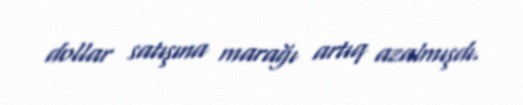
dollar satışına marağı artıq azalmışdı.